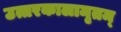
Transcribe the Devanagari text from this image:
उत्तरकालामृतम्